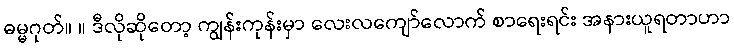
ဓမ္မဂုတ်။ ။ ဒီလိုဆိုတော့ ကျွန်းကုန်းမှာ လေးလကျော်လောက် စာရေးရင်း အနားယူရတာဟာ